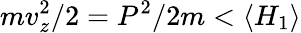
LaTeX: mv_{z}^{2}/2=P^{2}/2m<\langle H_{1}\rangle